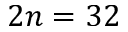
2 n = 3 2